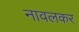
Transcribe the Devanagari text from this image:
नावलकर